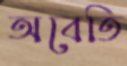
অবেতি